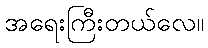
အရေးကြီးတယ်လေ။